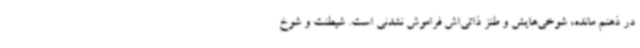
در ذهنم مانده، شوخی‌هایش و طنز ذاتی‌اش فراموش نشدنی است. شیطنت و شوخ